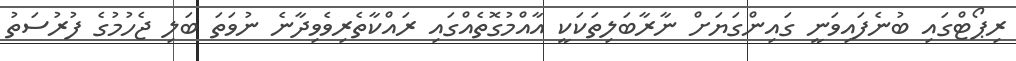
ރިޕޯޓްގައި ބުނެފައިވަނީ ގައިންގަޔަށް ނާރާބަލިތަކަކީ އާއްމުގޮތެއްގައި ރައްކާތެރިވެވިދާނެ ނުވަތަ ބަލި ޖެހުމުގެ ފުރުސަތު